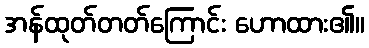
အန်ထုတ်တတ်ကြောင်း ဟောထား၏။